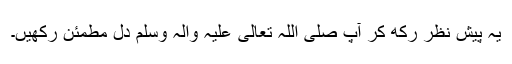
یہ پیشِ نظر رکھ کر آپ صَلَّی اللہُ تَعَالٰی عَلَیْہِ وَاٰلِہٖ وَسَلَّمَ دل مطمئن رکھیں۔